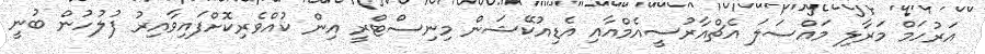
އަރުހަމް މަރާލި މައްސަލަ އެޗްއާރުސީއެމްއާއި އެޑިއުކޭޝަން މިނިސްޓްރީ އިން ކުއްވެރިކޮށްފައިވާއިރު ފުލުހުން ބުނީ